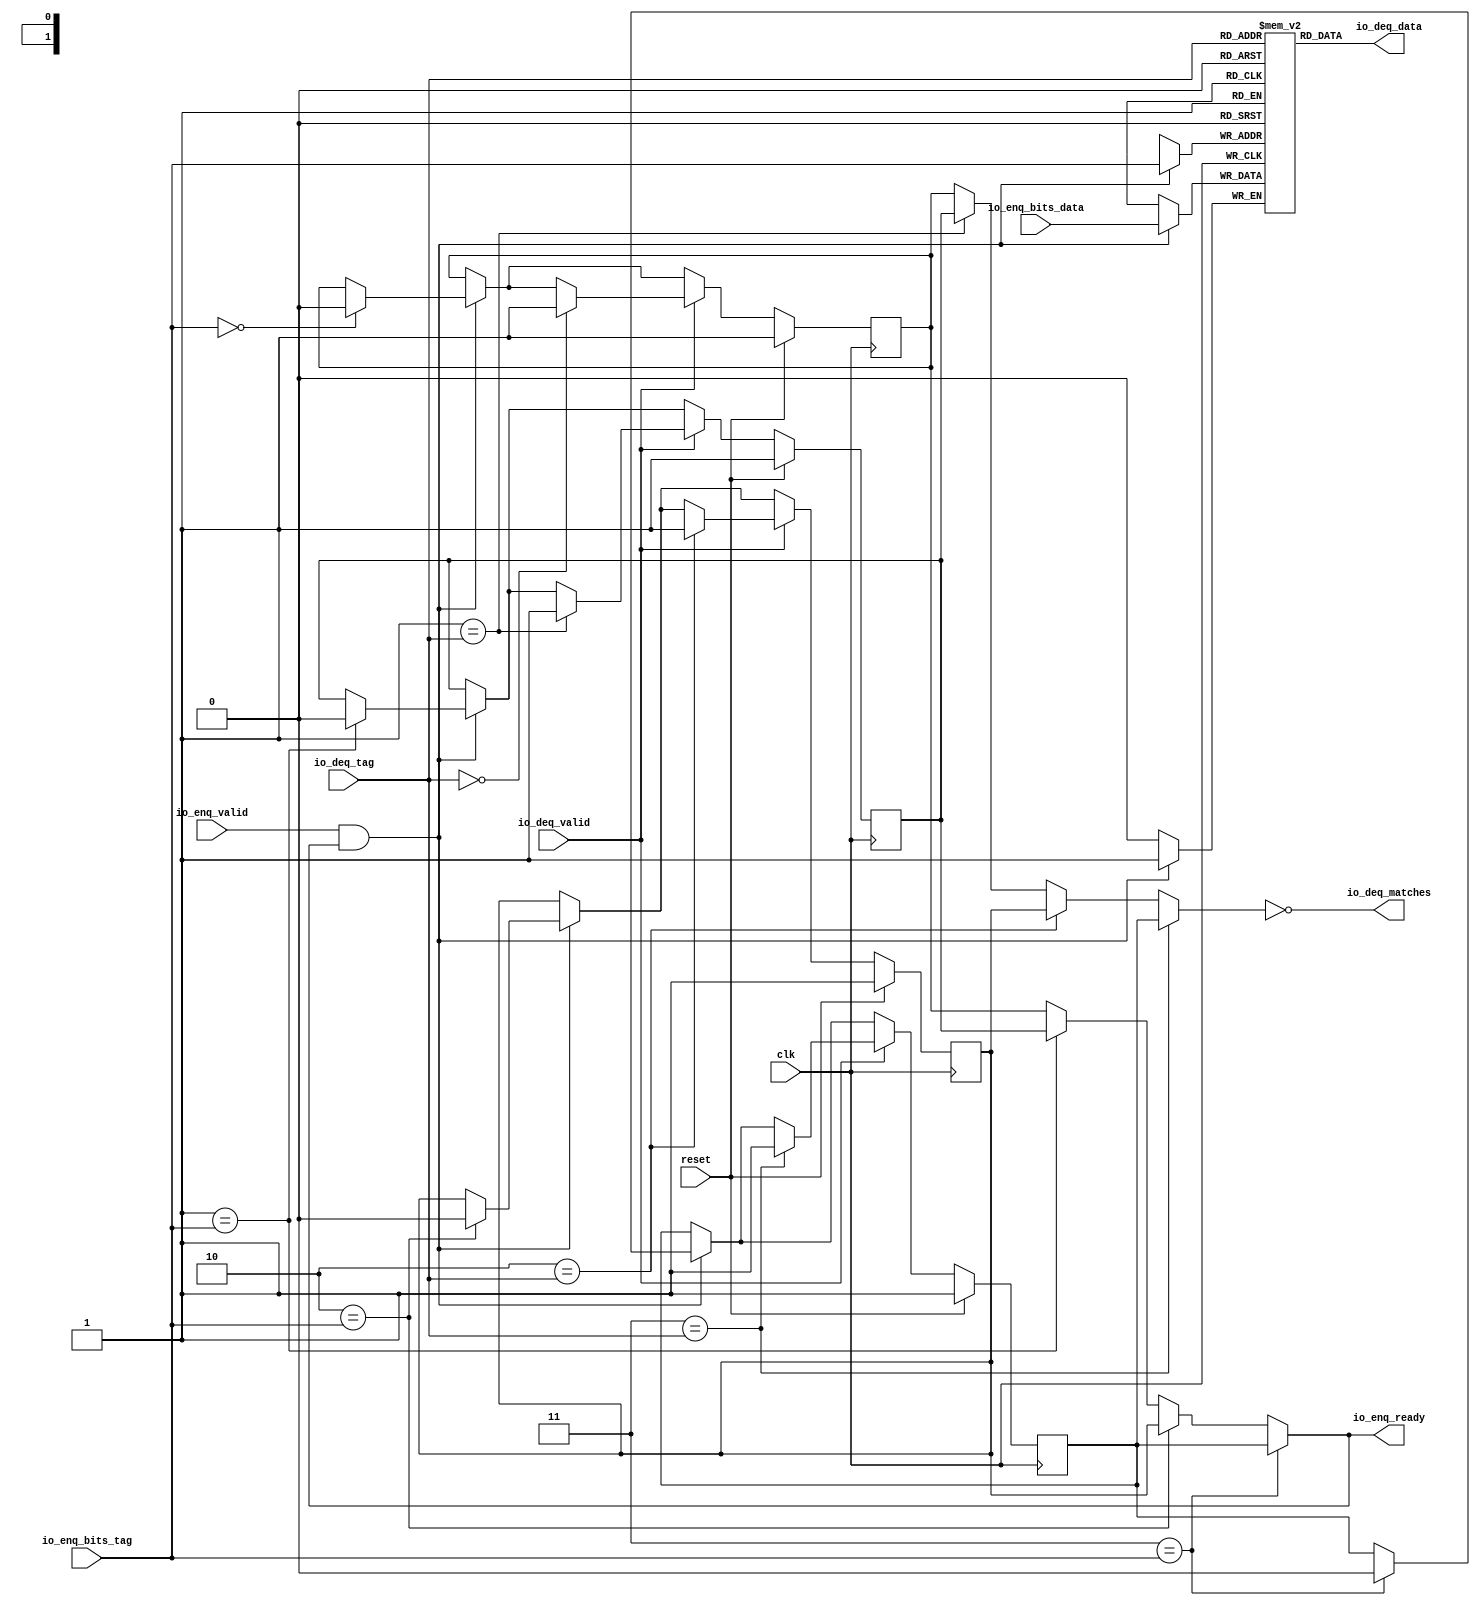
module ReorderQueue(
  input   clk,
  input   reset,
  output  io_enq_ready,
  input   io_enq_valid,
  input   io_enq_bits_data,
  input  [1:0] io_enq_bits_tag,
  input   io_deq_valid,
  input  [1:0] io_deq_tag,
  output  io_deq_data,
  output  io_deq_matches
);
  reg  T_31 [0:3];
  reg [31:0] GEN_14;
  wire  T_31_T_47_data;
  wire [1:0] T_31_T_47_addr;
  wire  T_31_T_47_en;
  wire  T_31_T_51_data;
  wire [1:0] T_31_T_51_addr;
  wire  T_31_T_51_mask;
  wire  T_31_T_51_en;
  wire  T_41_0;
  wire  T_41_1;
  wire  T_41_2;
  wire  T_41_3;
  reg  T_45_0;
  reg [31:0] GEN_15;
  reg  T_45_1;
  reg [31:0] GEN_16;
  reg  T_45_2;
  reg [31:0] GEN_17;
  reg  T_45_3;
  reg [31:0] GEN_18;
  wire  GEN_0;
  wire  GEN_4;
  wire  GEN_5;
  wire  GEN_6;
  wire  GEN_1;
  wire  GEN_7;
  wire  GEN_8;
  wire  GEN_9;
  wire  T_49;
  wire  T_50;
  wire  GEN_2;
  wire  GEN_10;
  wire  GEN_11;
  wire  GEN_12;
  wire  GEN_13;
  wire  GEN_20;
  wire  GEN_21;
  wire  GEN_22;
  wire  GEN_23;
  wire  GEN_3;
  wire  GEN_24;
  wire  GEN_25;
  wire  GEN_26;
  wire  GEN_27;
  wire  GEN_29;
  wire  GEN_30;
  wire  GEN_31;
  wire  GEN_32;
  assign io_enq_ready = GEN_0;
  assign io_deq_data = T_31_T_47_data;
  assign io_deq_matches = T_49;
  assign T_31_T_47_addr = io_deq_tag;
  assign T_31_T_47_en = 1'h1;
  assign T_31_T_47_data = T_31[T_31_T_47_addr];
  assign T_31_T_51_data = io_enq_bits_data;
  assign T_31_T_51_addr = io_enq_bits_tag;
  assign T_31_T_51_mask = T_50;
  assign T_31_T_51_en = T_50;
  assign T_41_0 = 1'h1;
  assign T_41_1 = 1'h1;
  assign T_41_2 = 1'h1;
  assign T_41_3 = 1'h1;
  assign GEN_0 = GEN_6;
  assign GEN_4 = 2'h1 == io_enq_bits_tag ? T_45_1 : T_45_0;
  assign GEN_5 = 2'h2 == io_enq_bits_tag ? T_45_2 : GEN_4;
  assign GEN_6 = 2'h3 == io_enq_bits_tag ? T_45_3 : GEN_5;
  assign GEN_1 = GEN_9;
  assign GEN_7 = 2'h1 == io_deq_tag ? T_45_1 : T_45_0;
  assign GEN_8 = 2'h2 == io_deq_tag ? T_45_2 : GEN_7;
  assign GEN_9 = 2'h3 == io_deq_tag ? T_45_3 : GEN_8;
  assign T_49 = GEN_1 == 1'h0;
  assign T_50 = io_enq_valid & io_enq_ready;
  assign GEN_2 = 1'h0;
  assign GEN_10 = 2'h0 == io_enq_bits_tag ? GEN_2 : T_45_0;
  assign GEN_11 = 2'h1 == io_enq_bits_tag ? GEN_2 : T_45_1;
  assign GEN_12 = 2'h2 == io_enq_bits_tag ? GEN_2 : T_45_2;
  assign GEN_13 = 2'h3 == io_enq_bits_tag ? GEN_2 : T_45_3;
  assign GEN_20 = T_50 ? GEN_10 : T_45_0;
  assign GEN_21 = T_50 ? GEN_11 : T_45_1;
  assign GEN_22 = T_50 ? GEN_12 : T_45_2;
  assign GEN_23 = T_50 ? GEN_13 : T_45_3;
  assign GEN_3 = 1'h1;
  assign GEN_24 = 2'h0 == io_deq_tag ? GEN_3 : GEN_20;
  assign GEN_25 = 2'h1 == io_deq_tag ? GEN_3 : GEN_21;
  assign GEN_26 = 2'h2 == io_deq_tag ? GEN_3 : GEN_22;
  assign GEN_27 = 2'h3 == io_deq_tag ? GEN_3 : GEN_23;
  assign GEN_29 = io_deq_valid ? GEN_24 : GEN_20;
  assign GEN_30 = io_deq_valid ? GEN_25 : GEN_21;
  assign GEN_31 = io_deq_valid ? GEN_26 : GEN_22;
  assign GEN_32 = io_deq_valid ? GEN_27 : GEN_23;
`ifdef RANDOMIZE
  integer initvar;
  initial begin
    `ifndef verilator
      #0.002;
    `endif
  GEN_14 = {1{$random}};
  `ifdef RANDOMIZE
  for (initvar = 0; initvar < 4; initvar = initvar+1)
    T_31[initvar] = GEN_14[0:0];
  `endif
  `ifdef RANDOMIZE
  GEN_15 = {1{$random}};
  T_45_0 = GEN_15[0:0];
  `endif
  `ifdef RANDOMIZE
  GEN_16 = {1{$random}};
  T_45_1 = GEN_16[0:0];
  `endif
  `ifdef RANDOMIZE
  GEN_17 = {1{$random}};
  T_45_2 = GEN_17[0:0];
  `endif
  `ifdef RANDOMIZE
  GEN_18 = {1{$random}};
  T_45_3 = GEN_18[0:0];
  `endif
  end
`endif
  always @(posedge clk) begin
    if(T_31_T_51_en & T_31_T_51_mask) begin
      T_31[T_31_T_51_addr] <= T_31_T_51_data;
    end
    if(reset) begin
      T_45_0 <= T_41_0;
    end else begin
      if(io_deq_valid) begin
        if(2'h0 == io_deq_tag) begin
          T_45_0 <= GEN_3;
        end else begin
          if(T_50) begin
            if(2'h0 == io_enq_bits_tag) begin
              T_45_0 <= GEN_2;
            end
          end
        end
      end else begin
        if(T_50) begin
          if(2'h0 == io_enq_bits_tag) begin
            T_45_0 <= GEN_2;
          end
        end
      end
    end
    if(reset) begin
      T_45_1 <= T_41_1;
    end else begin
      if(io_deq_valid) begin
        if(2'h1 == io_deq_tag) begin
          T_45_1 <= GEN_3;
        end else begin
          if(T_50) begin
            if(2'h1 == io_enq_bits_tag) begin
              T_45_1 <= GEN_2;
            end
          end
        end
      end else begin
        if(T_50) begin
          if(2'h1 == io_enq_bits_tag) begin
            T_45_1 <= GEN_2;
          end
        end
      end
    end
    if(reset) begin
      T_45_2 <= T_41_2;
    end else begin
      if(io_deq_valid) begin
        if(2'h2 == io_deq_tag) begin
          T_45_2 <= GEN_3;
        end else begin
          if(T_50) begin
            if(2'h2 == io_enq_bits_tag) begin
              T_45_2 <= GEN_2;
            end
          end
        end
      end else begin
        if(T_50) begin
          if(2'h2 == io_enq_bits_tag) begin
            T_45_2 <= GEN_2;
          end
        end
      end
    end
    if(reset) begin
      T_45_3 <= T_41_3;
    end else begin
      if(io_deq_valid) begin
        if(2'h3 == io_deq_tag) begin
          T_45_3 <= GEN_3;
        end else begin
          if(T_50) begin
            if(2'h3 == io_enq_bits_tag) begin
              T_45_3 <= GEN_2;
            end
          end
        end
      end else begin
        if(T_50) begin
          if(2'h3 == io_enq_bits_tag) begin
            T_45_3 <= GEN_2;
          end
        end
      end
    end
  end
endmodule